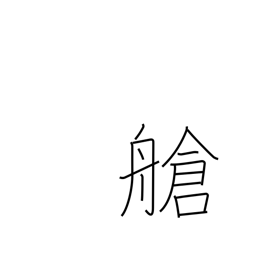
Meaning: hold (ship)